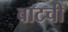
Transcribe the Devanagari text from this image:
वाटची